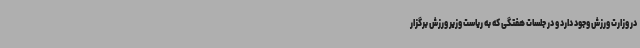
در وزارت ورزش وجود دارد و در جلسات هفتگی که به ریاست وزیر ورزش برگزار